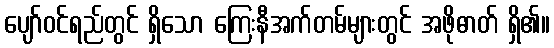
ပျော်ဝင်ရည်တွင် ရှိသော ကြေးနီအက်တမ်များတွင် အဖိုဓာတ် ရှိ၏။